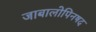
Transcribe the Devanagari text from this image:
जाबालोपिनषद